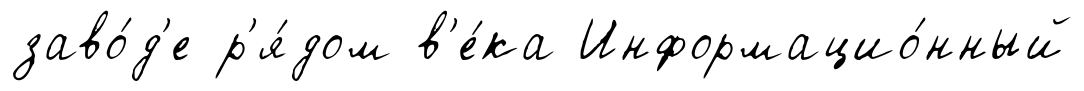
заво́д'е р'я́дом в'е́ка Информацио́нный